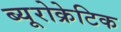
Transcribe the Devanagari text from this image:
ब्यूरोक्रेटिक